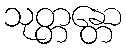
သုတ္တန္တော